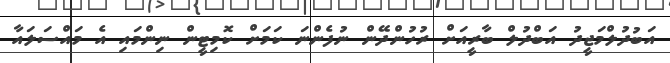
އަބުދުލްމަޖީދު އަބްދުލް ބާރީއަށް ރުހުންދޭން ނުފެންނަ ކަމަށް ކޮމިޓީން ނިންމައި އެ މައްސަލައާ